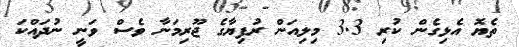
ތެޔޮ އެޅިގެން ކުރި 3.3 މިލިއަން ރުފިޔާގެ ޖޫރިމަނާ ވެސް ވަނީ ނުދައްކަ